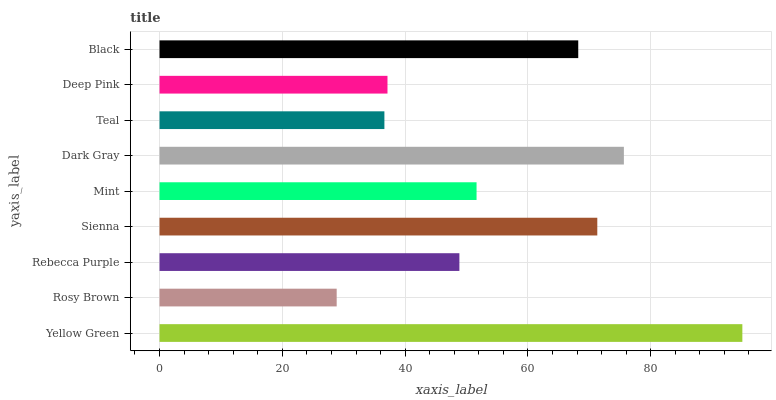
| yaxis_label | bars |
 | --- | --- |
 | Yellow Green | 94.9 |
 | Rosy Brown | 28.9 |
 | Rebecca Purple | 48.8 |
 | Sienna | 71.3 |
 | Mint | 51.6 |
 | Dark Gray | 75.6 |
 | Teal | 36.6 |
 | Deep Pink | 37.1 |
 | Black | 68.2 |